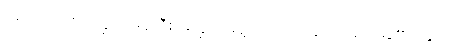
မုန့်ဟင်းခါးစားကြွပါ။ မုန့်တီစားကြွပါ၊ မုန့်ဘုဉ်းပေးကြွပါ၊ ခေါက်ဆွဲစားကြွပါ